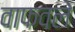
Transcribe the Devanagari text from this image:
वाफवले